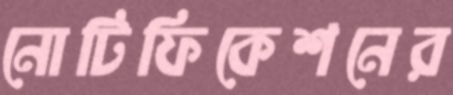
নোটিফিকেশনের